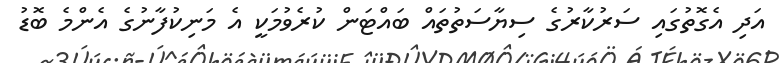
އަދި އެގޮތުގައި ސަރުކާރުގެ ސިޔާސަތުތައް ބައްޓަން ކުރެވުމަކީ އެ މަނިކުފާނުގެ އެންމެ ބޮޑު